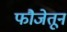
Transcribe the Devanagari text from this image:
फौजेतून